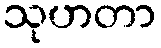
သုဟတာ